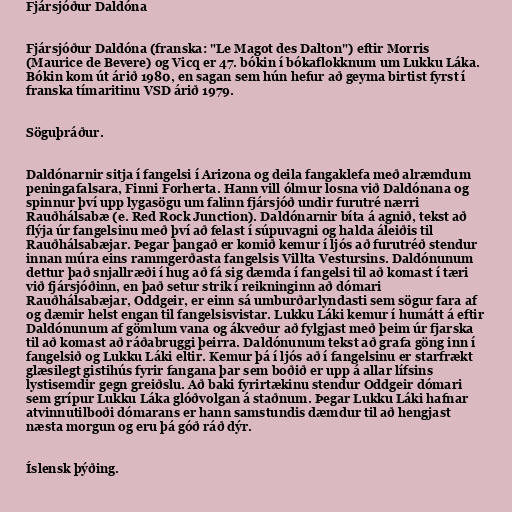
Fjársjóður Daldóna

Fjársjóður Daldóna (franska: "Le Magot des Dalton") eftir Morris
(Maurice de Bevere) og Vicq er 47. bókin í bókaflokknum um Lukku Láka.
Bókin kom út árið 1980, en sagan sem hún hefur að geyma birtist fyrst í
franska tímaritinu VSD árið 1979.

Söguþráður.

Daldónarnir sitja í fangelsi í Arizona og deila fangaklefa með alræmdum
peningafalsara, Finni Forherta. Hann vill ólmur losna við Daldónana og
spinnur því upp lygasögu um falinn fjársjóð undir furutré nærri
Rauðhálsabæ (e. Red Rock Junction). Daldónarnir bíta á agnið, tekst að
flýja úr fangelsinu með því að felast í súpuvagni og halda áleiðis til
Rauðhálsabæjar. Þegar þangað er komið kemur í ljós að furutréð stendur
innan múra eins rammgerðasta fangelsis Villta Vestursins. Daldónunum
dettur það snjallræði í hug að fá sig dæmda í fangelsi til að komast í tæri
við fjársjóðinn, en það setur strik í reikninginn að dómari
Rauðhálsabæjar, Oddgeir, er einn sá umburðarlyndasti sem sögur fara af
og dæmir helst engan til fangelsisvistar. Lukku Láki kemur í humátt á eftir
Daldónunum af gömlum vana og ákveður að fylgjast með þeim úr fjarska
til að komast að ráðabruggi þeirra. Daldónunum tekst að grafa göng inn í
fangelsið og Lukku Láki eltir. Kemur þá í ljós að í fangelsinu er starfrækt
glæsilegt gistihús fyrir fangana þar sem boðið er upp á allar lífsins
lystisemdir gegn greiðslu. Að baki fyrirtækinu stendur Oddgeir dómari
sem grípur Lukku Láka glóðvolgan á staðnum. Þegar Lukku Láki hafnar
atvinnutilboði dómarans er hann samstundis dæmdur til að hengjast
næsta morgun og eru þá góð ráð dýr.

Íslensk þýðing.